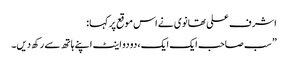
اشرف علی تھانوی نے اس موقع پر کہا :
” سب صاحب ایک ایک، دو دو اینٹ اپنے ہاتھ سے رکھ دیں۔